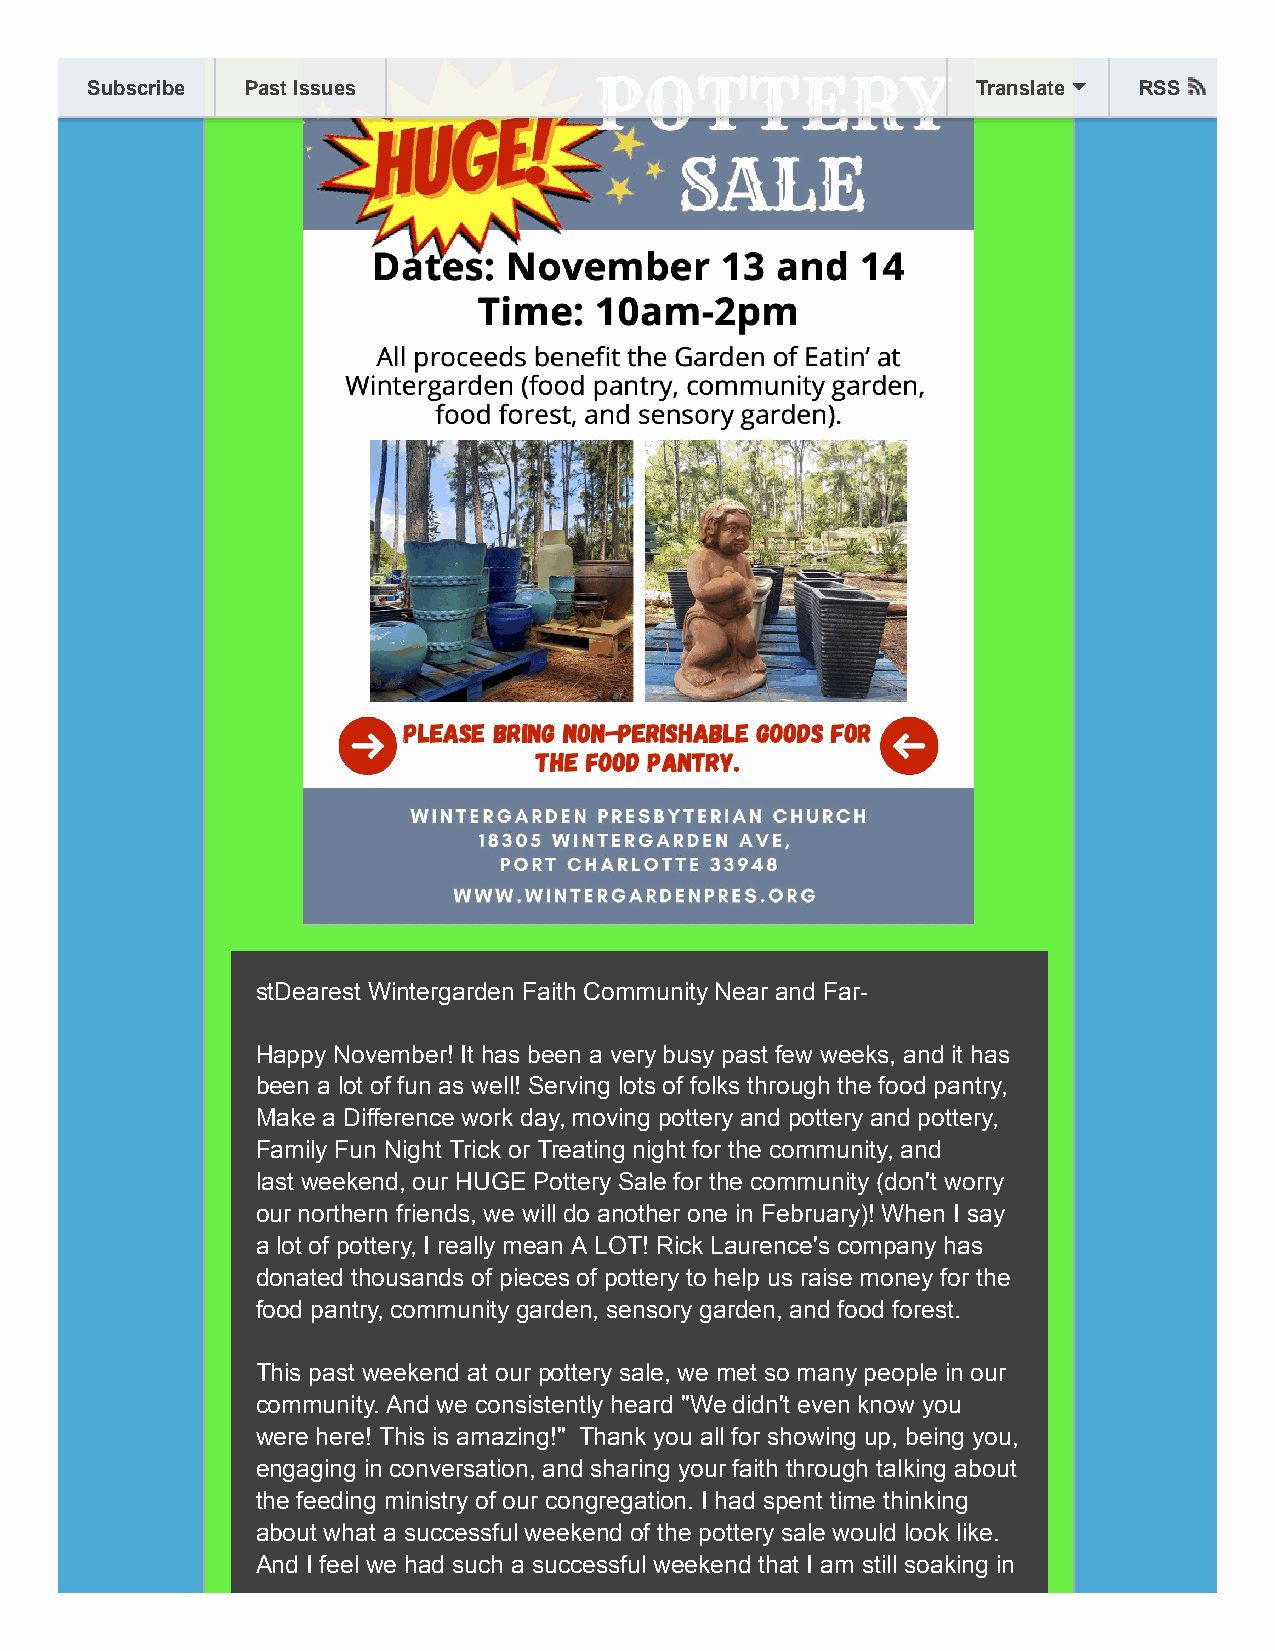
Subscribe Past Issues                                      Translate RSS
 stDearest Wintergarden Faith Community Near and Far-
 Happy November! It has been a very busy past few weeks, and it has
 been a lot of fun as well! Serving lots of folks through the food pantry,
 Make a Difference work day, moving pottery and pottery and pottery,
 Family Fun Night Trick or Treating night for the community, and
 last weekend, our HUGE Pottery Sale for the community (don't worry
 our northern friends, we will do another one in February)! When I say
 a lot of pottery, I really mean A LOT! Rick Laurence's company has
 donated thousands of pieces of pottery to help us raise money for the
 food pantry, community garden, sensory garden, and food forest.
 This past weekend at our pottery sale, we met so many people in our
 community. And we consistently heard "We didn't even know you
 were here! This is amazing!" Thank you all for showing up, being you,
 engaging in conversation, and sharing your faith through talking about
 the feeding ministry of our congregation. I had spent time thinking
 about what a successful weekend of the pottery sale would look like.
 And I feel we had such a successful weekend that I am still soaking in